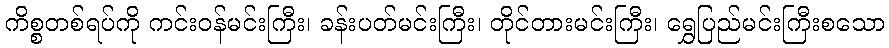
ကိစ္စတစ်ရပ်ကို ကင်းဝန်မင်းကြီး၊ ခန်းပတ်မင်းကြီး၊ တိုင်တားမင်းကြီး၊ ရွှေပြည်မင်းကြီးစသော